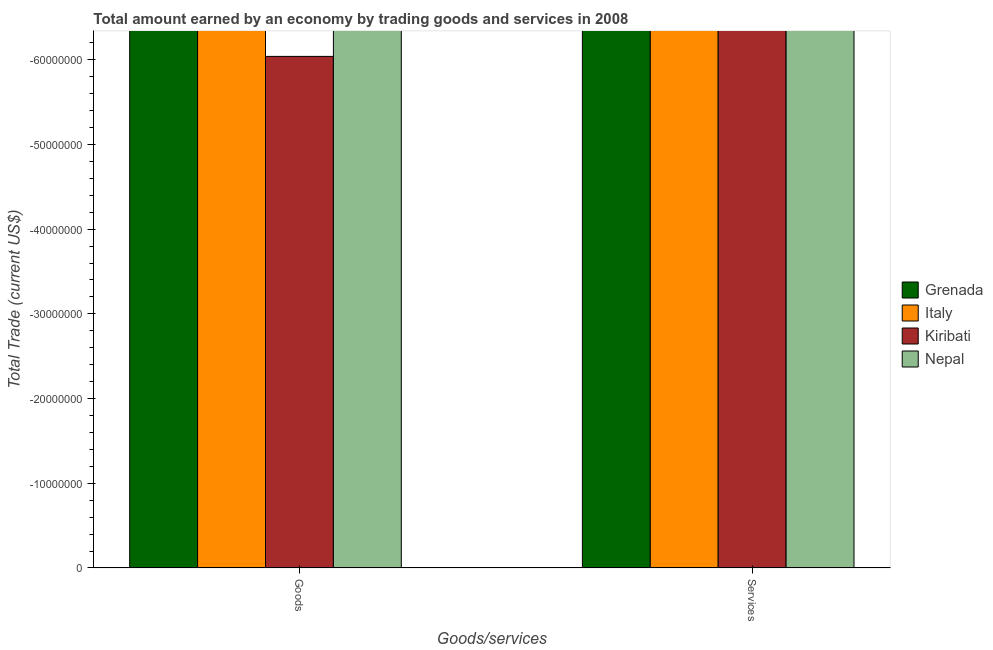
| Goods/services | Grenada | Italy | Kiribati | Nepal |
 | --- | --- | --- | --- | --- |
 | Goods | -2.98e+08 | -3.97e+09 | -6.04e+07 | -2.53e+09 |
 | Services | -2.44e+08 | -1.95e+10 | -1.04e+08 | -2.66e+09 |